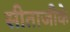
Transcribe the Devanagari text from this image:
सीताजीके